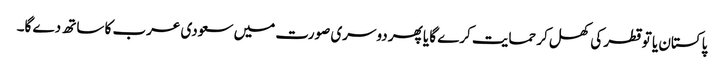
پاکستان یا تو قطر کی کھل کر حمایت کرے گا یا پھر دوسری صورت میں سعودی عرب کا ساتھ دے گا۔